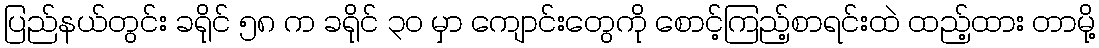
ပြည်နယ်တွင်း ခရိုင် ၅၈ က ခရိုင် ၃၀ မှာ ကျောင်းတွေကို စောင့်ကြည့်စာရင်းထဲ ထည့်ထား တာမို့